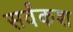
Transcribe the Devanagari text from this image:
सर्वंकश